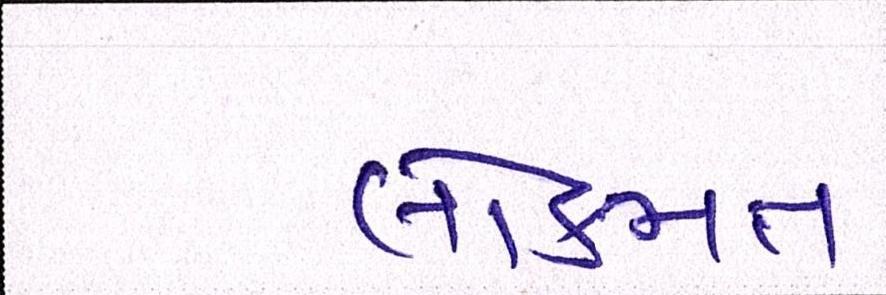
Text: લોકમત